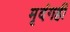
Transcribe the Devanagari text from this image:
मृदंगही